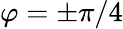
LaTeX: \varphi=\pm\pi/4